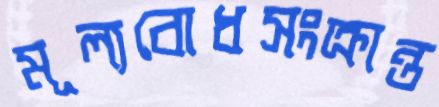
মূল্যবোধসংক্রান্ত